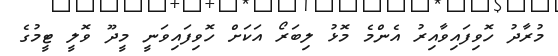
މުރާދު ހޮވިފައިވާއިރު އެންމެ މޮޅު ލިބަރޯ އަކަށް ހޮވިފައިވަނީ މީދޫ ވޮލީ ޓީމުގެ